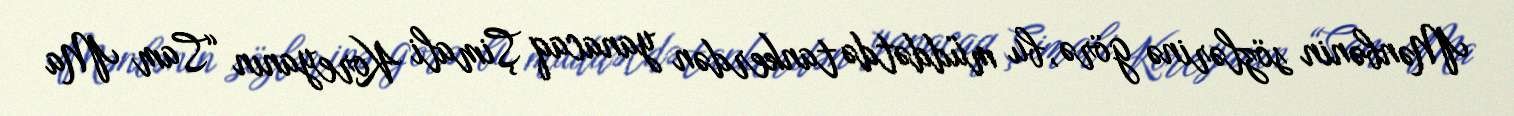
Mənbənin sözlərinə görə, bu müddətdə tankerdən yanacaq Şimali Koreyanın “Sam Ma